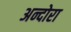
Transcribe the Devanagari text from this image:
अन्दोरा